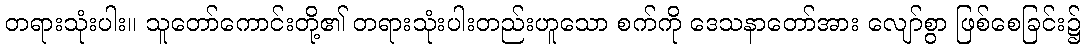
တရားသုံးပါး။ သူတော်ကောင်းတို့၏ တရားသုံးပါးတည်းဟူသော စက်ကို ဒေသနာတော်အား လျော်စွာ ဖြစ်စေခြင်း၌